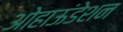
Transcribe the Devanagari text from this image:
ओहाऊंडेशन